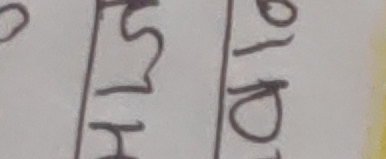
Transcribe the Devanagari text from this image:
भर्साटोल